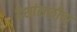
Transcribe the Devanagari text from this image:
देशांसाठीचा